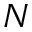
N